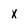
Character: x